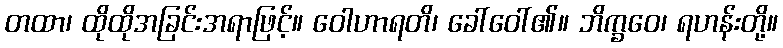
တထာ၊ ထိုထိုအခြင်းအရာဖြင့်။ ဝေါဟာရတိ၊ ခေါ်ဝေါ်၏။ ဘိက္ခဝေ၊ ရဟန်းတို့။